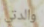
والدتي